Civil Veterinary Dept. North-West Frontier Province 1901-22 - 1901-1922
Year: 1901
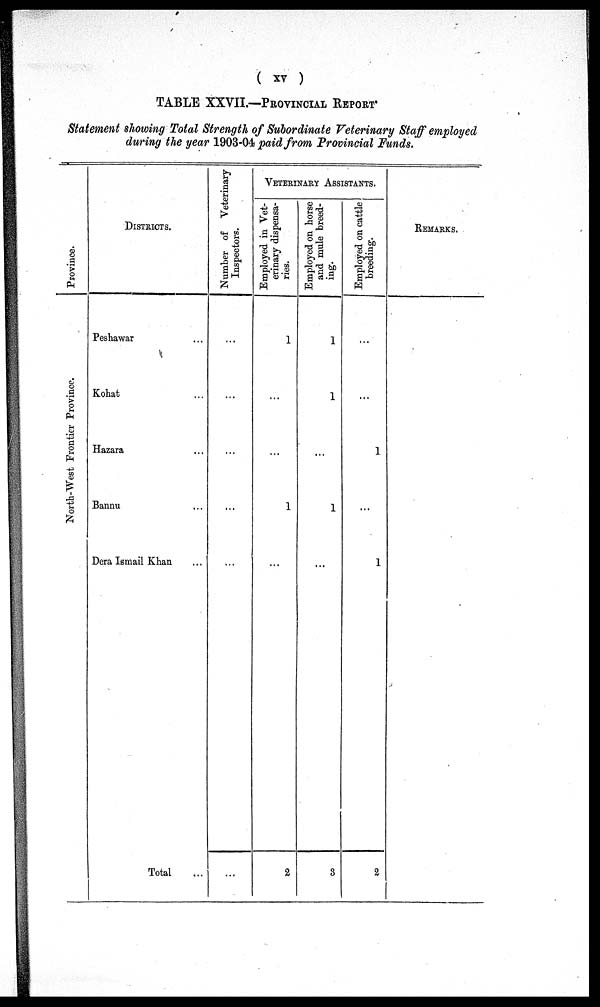
(xv)
TABLE XXVII.—PROVINCIAL REPORT.
Statement showing Total Strength of Subordinate Veterinary Staff employed
during the year 1903-04 paid from Provincial Funds.
Province.
North-West Frontier Pr ovi nce.
DISTRICTS.
Peshawar ...
Kohat ...
Hazara ...
Bannu ...
Dera Ismail Khan ...
Total
...
Number of Veterinary
Inspectors.
...
...
...
...
...
...
VETERINARY ASSISTANTS.
Employed in Vet-
erinary dispensa-
ries.
1
...
...
1
...
2
Employed on horse
and mule breed-
ing.
1
1
...
1
...
3
Employed on cattle
breeding.
...
...
1
...
1
2
REMARKS.